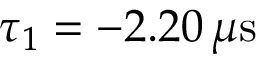
\tau _ { 1 } = - 2 . 2 0 \, \mu \mathrm { s }